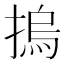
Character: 摀